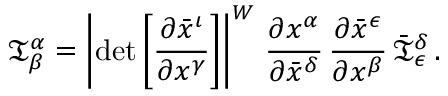
{ \mathfrak { T } } _ { \beta } ^ { \alpha } = \left\vert \operatorname* { d e t } { \left[ { \frac { \partial { \bar { x } } ^ { \iota } } { \partial { x } ^ { \gamma } } } \right] } \right\vert ^ { W } \, { \frac { \partial { x } ^ { \alpha } } { \partial { \bar { x } } ^ { \delta } } } \, { \frac { \partial { \bar { x } } ^ { \epsilon } } { \partial { x } ^ { \beta } } } \, { \bar { \mathfrak { T } } } _ { \epsilon } ^ { \delta } \, .